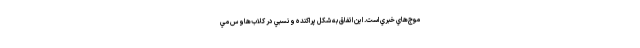
موج‌هاي خبري است. اين اتفاق به شكل پراكنده و نسبي در كلاب‌هاوس مي